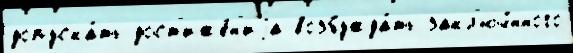
допуска́ть дост'иже́н'иjа возбужда́ть закл'юч́нного